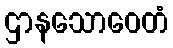
ဌာနသောဝေတံ